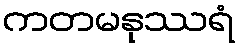
ကတမနုဿရံ